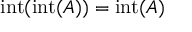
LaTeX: \operatorname { i n t } ( \operatorname { i n t } ( A ) ) = \operatorname { i n t } ( A )